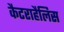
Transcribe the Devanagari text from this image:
कैटराहैलिस